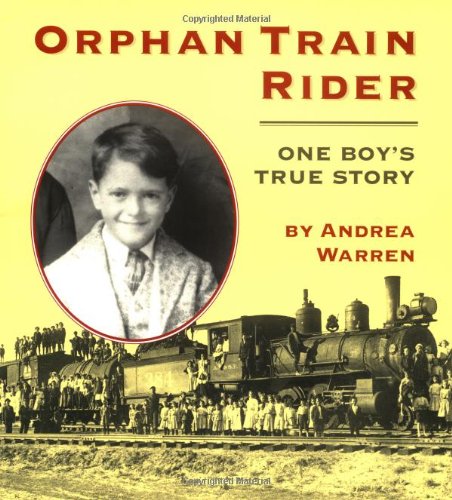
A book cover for Orphan Train Rider: One Boy's True Story; Andrea Warren; Children's Books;